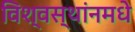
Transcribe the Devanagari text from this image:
विश्वस्थांनमधे